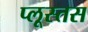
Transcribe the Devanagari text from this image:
प्लूस्तस